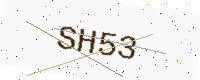
Text: SH53